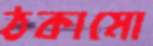
ঠকামো